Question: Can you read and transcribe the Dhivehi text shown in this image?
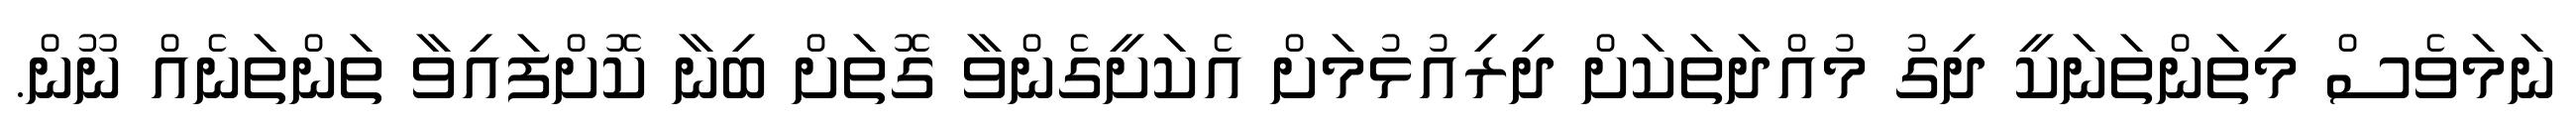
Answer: ނަމަވެސް މިތަންތަނަކީ ދިގު މުއްދަތަކަށް ދިރިއުޅުމަށް އެކަށީގެންވާ ގޮތަށް ބިނާ ކޮށްފައިވާ ތަންތަނެއް ނޫން.